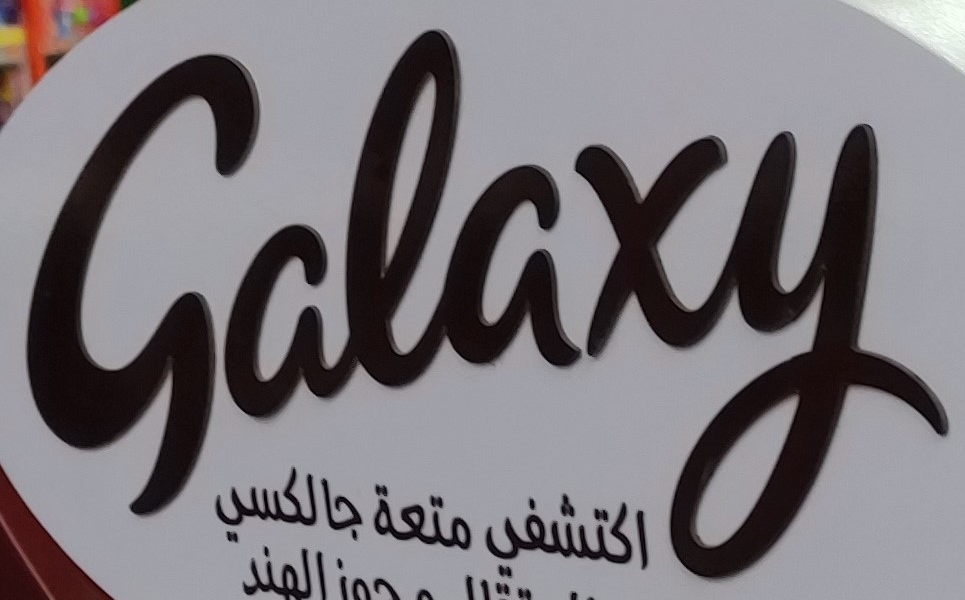
Galaxy